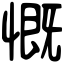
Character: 慨